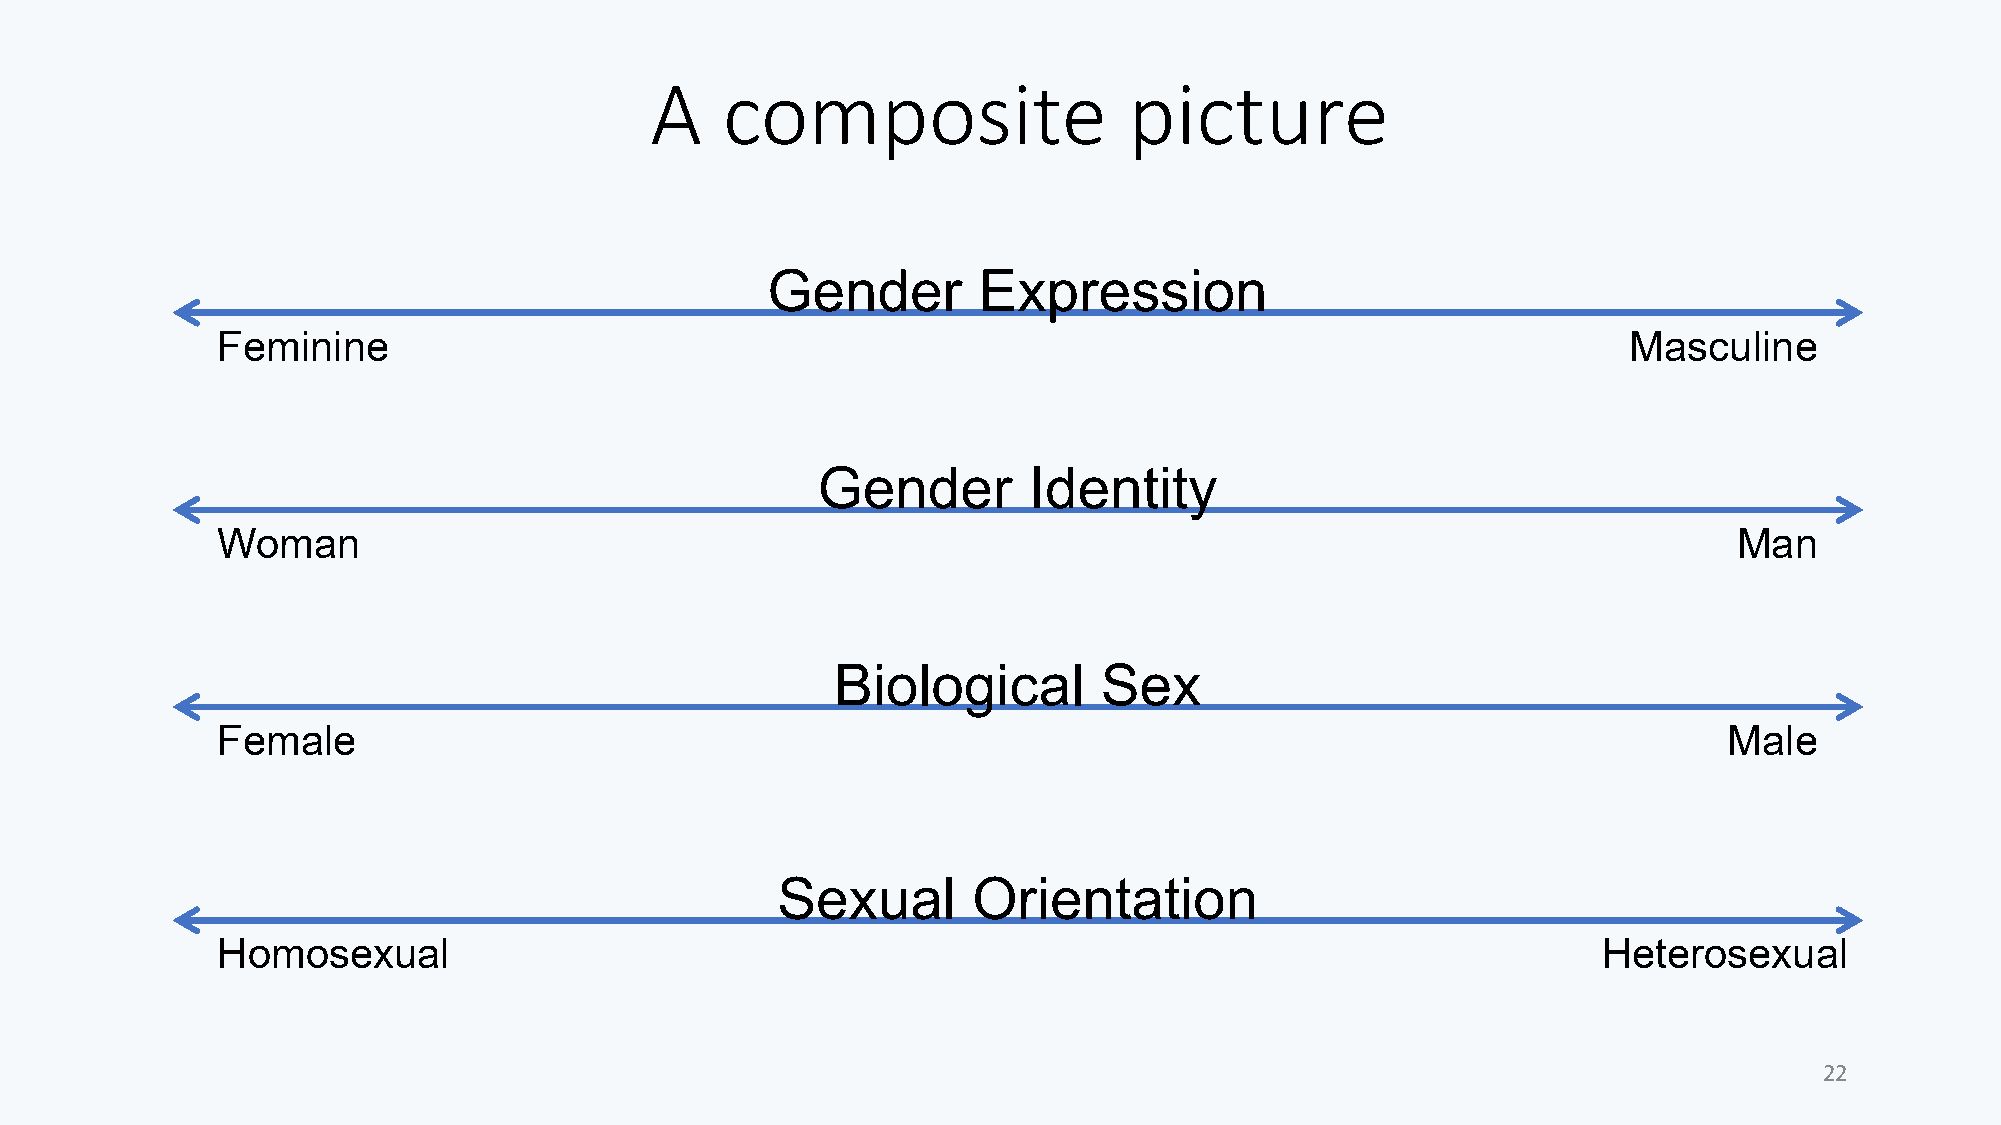
A    composite                  picture
 Gender        Expression
 Feminine                                                                                      Masculine
 Gender        Identity
 Woman                                                                                                Man
 Biological        Sex
 Female                                                                                              Male
 Sexual       Orientation
 Homosexual                                                                                  Heterosexual
 22